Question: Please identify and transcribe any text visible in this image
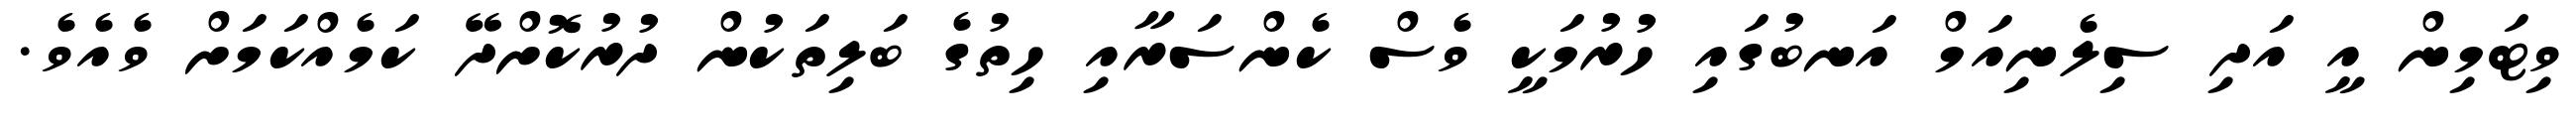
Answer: ވިޓަމިން އީ އަދި ސިލެނިއަމް އަނބުގައި ހުރުމަކީ ވެސް ކެންސަރާއި ހިތުގެ ބަލިތަކުން ދުރުކޮށްދޭ ކަމެއްކަމަށް ވެއެވެ.